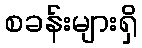
စခန်းများရှိ